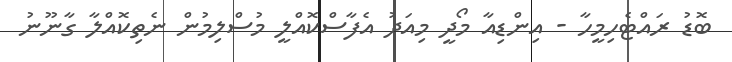
ބޮޑު ރައްޓެހިމީހާ - އިންޑިއާ މޯދީ މިއަދު އެފާސްކޮއްލީ މުސްލިމުން ނެތިކޮއްލާ ގާނޫނު